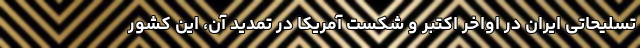
تسلیحاتی ایران در اواخر اکتبر و شکست آمریکا در تمدید آن، این کشور